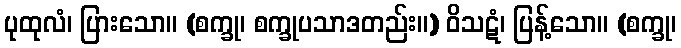
ပုထုလံ၊ ပြားသော။ (စက္ခု၊ စက္ခုပသာဒတည်း။) ဝိသဋံ၊ ပြန့်သော။ (စက္ခု၊